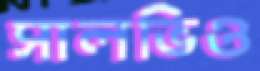
সালভিও